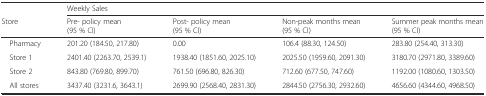
|  | <COLSPAN=4> Weekly Sales |
 | Store | Pre- policy mean (95 % CI) | Post- policy mean (95 % CI) | Non-peak months mean (95 % CI) | Summer peak months mean (95 % CI) |
 | --- | --- | --- | --- | --- |
 | Pharmacy | 201.20 (184.50, 217.80) | 0.00 | 106.4 (88.30, 124.50) | 283.80 (254.40, 313.30) |
 | Store 1 | 2401.40 (2263.70, 2539.1) | 1938.40 (1851.60, 2025.10) | 2025.50 (1959.60, 2091.30) | 3180.70 (2971.80, 3389.60) |
 | Store 2 | 843.80 (769.80, 899.70) | 761.50 (696.80, 826.30) | 712.60 (677.50, 747.60) | 1192.00 (1080.60, 1303.50) |
 | All stores | 3437.40 (3231.6, 3643.1) | 2699.90 (2568.40, 2831.30) | 2844.50 (2756.30, 2932.60) | 4656.60 (4344.60, 4968.50) |